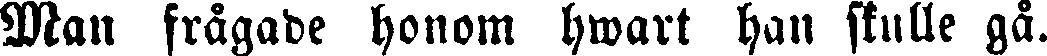
Man frågade honom hwart han skulle gå.